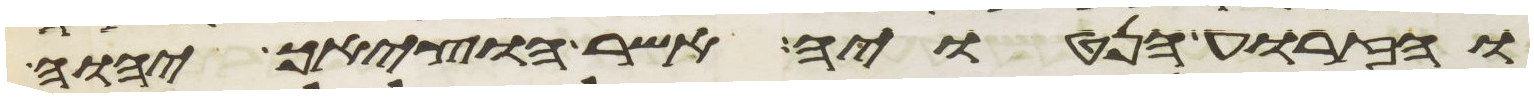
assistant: והזרוע הנטויה אשר הוציאך יהוה